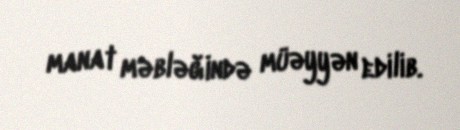
manat məbləğində müəyyən edilib.